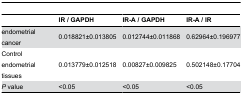
<table><thead><tr><td></td><td><b>IR / GAPDH</b></td><td><b>IR-A / GAPDH</b></td><td><b>IR-A / IR</b></td></tr></thead><tbody><tr><td>endometrial cancer</td><td>0.018821±0.013805</td><td>0.012744±0.011868</td><td>0.62964±0.196977</td></tr><tr><td>Control endometrial tissues</td><td>0.013779±0.012518</td><td>0.00827±0.009825</td><td>0.502148±0.17704</td></tr><tr><td><i>P</i> value</td><td>&lt;0.05</td><td>&lt;0.05</td><td>&lt;0.05</td></tr></tbody></table>